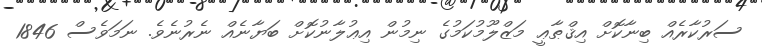
ސަރުކާރެއް ބިނާކޮށް އިޤްޠާޢީ މަޒްލޫމުކަމުގެ ނިމުން އިޢުލާނުކޮށް ބަޔާނެއް ނެރުނެވެ. ނަމަވެސް 1846